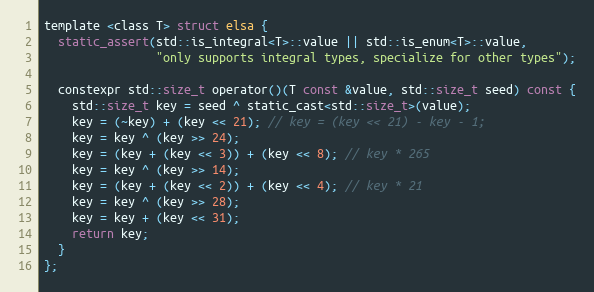
Language: C
template <class T> struct elsa {
  static_assert(std::is_integral<T>::value || std::is_enum<T>::value,
                "only supports integral types, specialize for other types");

  constexpr std::size_t operator()(T const &value, std::size_t seed) const {
    std::size_t key = seed ^ static_cast<std::size_t>(value);
    key = (~key) + (key << 21); // key = (key << 21) - key - 1;
    key = key ^ (key >> 24);
    key = (key + (key << 3)) + (key << 8); // key * 265
    key = key ^ (key >> 14);
    key = (key + (key << 2)) + (key << 4); // key * 21
    key = key ^ (key >> 28);
    key = key + (key << 31);
    return key;
  }
};